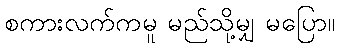
စကားလက်ကမူ မည်သို့မျှ မပြော။